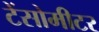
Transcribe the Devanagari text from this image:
टेंसोमीटर